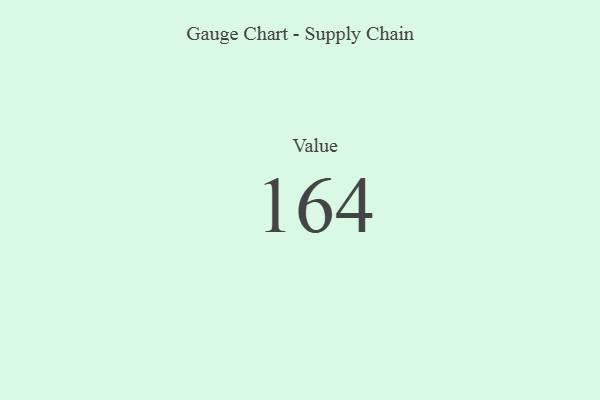
{"axis": {"x": "Metric", "y": "Value"}, "legend": [""], "data": [{"x": "Value", "y": 164, "type": ""}]}